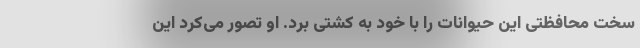
سخت محافظتی این حیوانات را با خود به کشتی برد. او تصور می‌کرد این